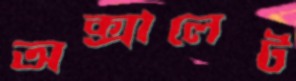
অক্সালেট